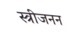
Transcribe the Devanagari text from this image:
स्त्रीजनन